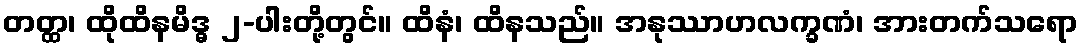
တတ္ထ၊ ထိုထိနမိဒ္ဓ ၂-ပါးတို့တွင်။ ထိနံ၊ ထိနသည်။ အနုဿာဟလက္ခဏံ၊ အားတက်သရော